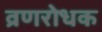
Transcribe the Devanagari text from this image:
व्रणरोधक